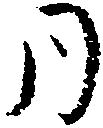
同